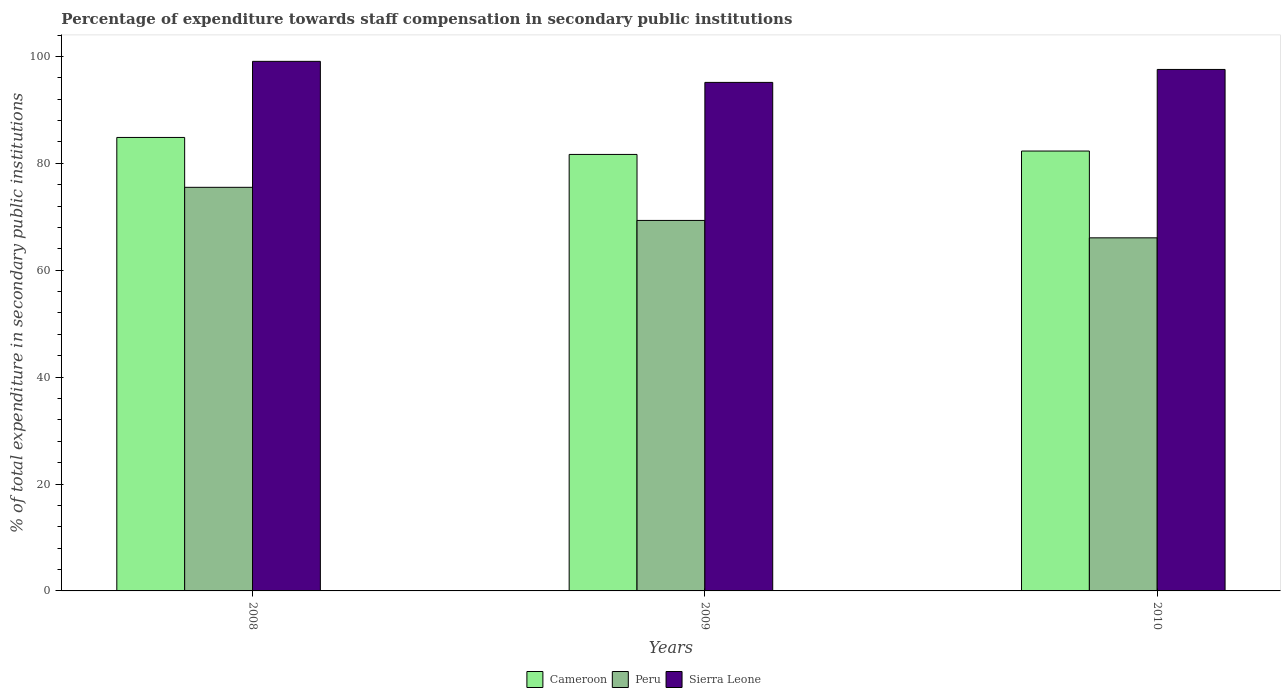
| Years | Cameroon | Peru | Sierra Leone |
 | --- | --- | --- | --- |
 | 2008 | 84.8 | 75.5 | 99.1 |
 | 2009 | 81.7 | 69.3 | 95.1 |
 | 2010 | 82.3 | 66.1 | 97.6 |